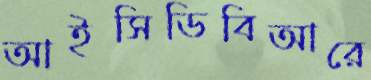
আইসিডিবিআরে